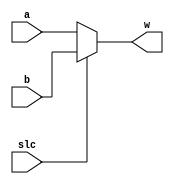
module Mux2in(a, b, slc, w);
    parameter N = 4;
    input [N - 1:0] a, b;
    input slc;
    output [N - 1:0] w;

    assign w = ~slc ? a : b;
endmodule